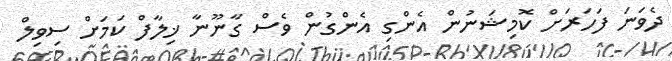
ދެވަނަ ފަހަރަށް ކޮމިޝަނުން އެންގި އެންގުން ވެސް ގާނޫނާ ޚިލާފް ކަމަށް ސިވިލް